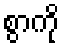
စွာကို